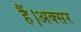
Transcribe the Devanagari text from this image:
हैं।अक्सर